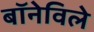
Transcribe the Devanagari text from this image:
बॉनेविले